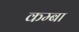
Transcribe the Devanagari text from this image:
कम्बा